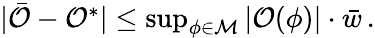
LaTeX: \begin{array}{r}{\vert\bar{\mathcal{O}}-\mathcal{O}^{*}\vert\leq\operatorname*{sup}_{\phi\in\mathcal{M}}\left\vert\mathcal{O}(\phi)\right\vert\cdot\bar{w}\, .}\end{array}